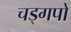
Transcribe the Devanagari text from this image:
चड्गपों